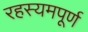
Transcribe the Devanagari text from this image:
रहस्यमपूर्ण